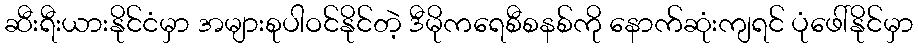
ဆီးရီးယားနိုင်ငံမှာ အများစုပါဝင်နိုင်တဲ့ ဒီမိုကရေစီစနစ်ကို နောက်ဆုံးကျရင် ပုံဖေါ်နိုင်မှာ